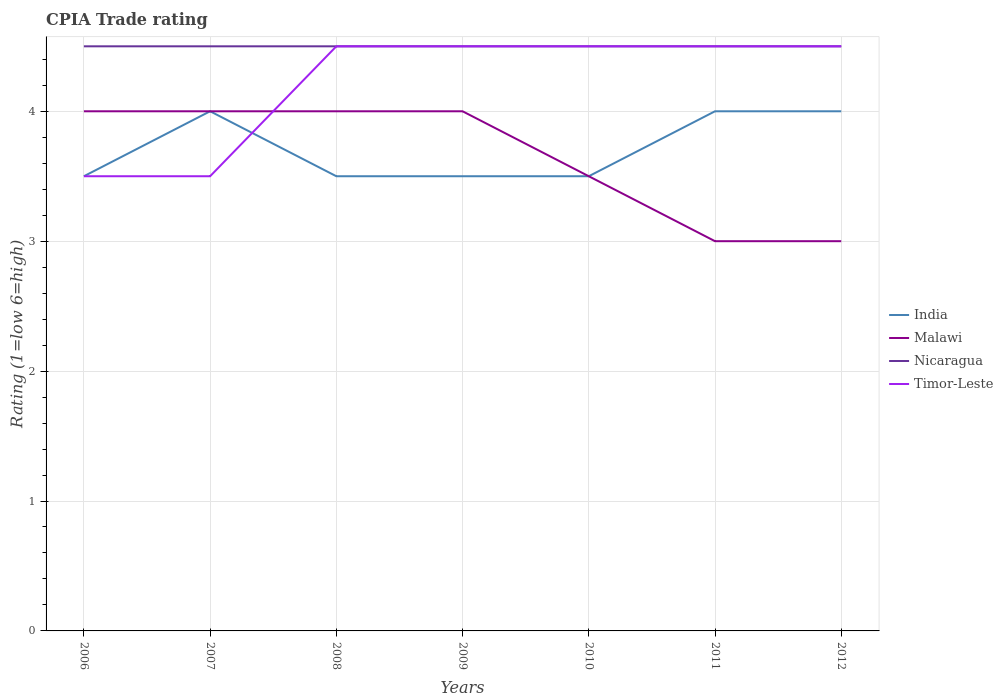
| Years | India | Malawi | Nicaragua | Timor-Leste |
 | --- | --- | --- | --- | --- |
 | 2006 | 3.5 | 4 | 4.5 | 3.5 |
 | 2007 | 4 | 4 | 4.5 | 3.5 |
 | 2008 | 3.5 | 4 | 4.5 | 4.5 |
 | 2009 | 3.5 | 4 | 4.5 | 4.5 |
 | 2010 | 3.5 | 3.5 | 4.5 | 4.5 |
 | 2011 | 4 | 3 | 4.5 | 4.5 |
 | 2012 | 4 | 3 | 4.5 | 4.5 |